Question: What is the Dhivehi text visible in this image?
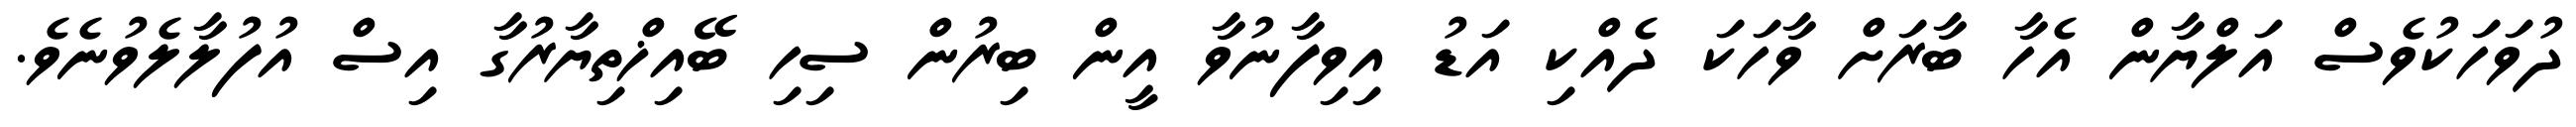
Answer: ދުވަހަކުވެސް އަލްޔާން އެހާ ބާރަށް ވާހަކަ ދެއްކި އަޑު އިވިފާނުވާ އީން ބިރުން ސިހި ބޭއިޚްތިޔާރުގާ އިސް އުފުލާލެވުނެވެ.